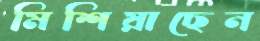
মিশিয়াছেন